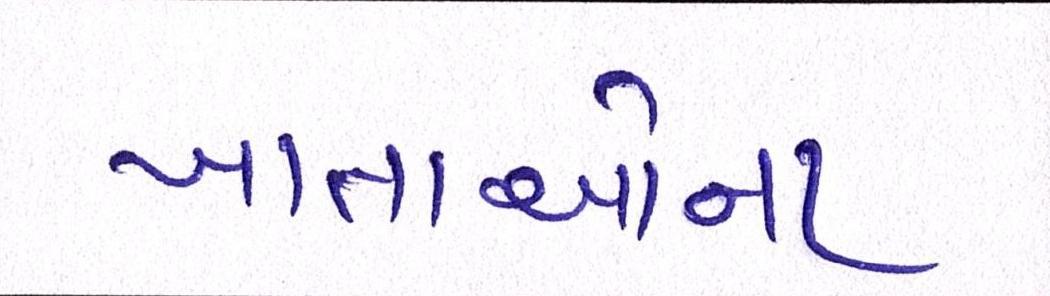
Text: ખાતાઓના